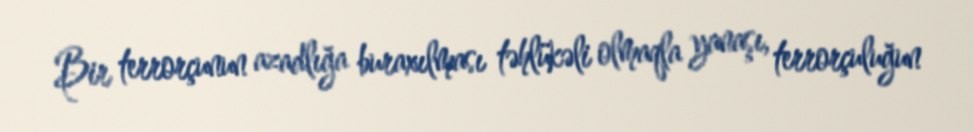
Bir terrorçunun azadlığa buraxılması təhlükəli olmaqla yanaşı, terrorçuluğun